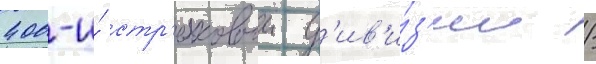
400-и́ стр'елковои д'ив'и́з'ии /